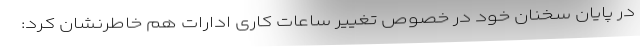
در پایان سخنان خود در خصوص تغییر ساعات کاری ادارات هم خاطرنشان کرد: